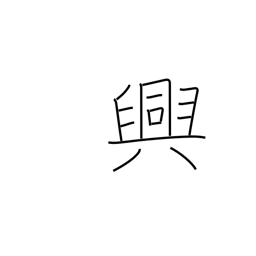
Meaning: pleasure